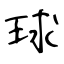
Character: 球